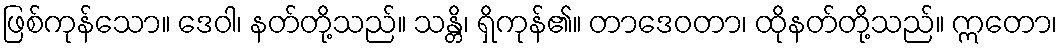
ဖြစ်ကုန်သော။ ဒေဝါ၊ နတ်တို့သည်။ သန္တိ၊ ရှိကုန်၏။ တာဒေဝတာ၊ ထိုနတ်တို့သည်။ ဣတော၊